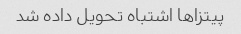
پیتزاها اشتباه تحویل داده شد